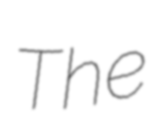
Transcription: The